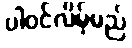
ပါဝင်လိမ့်မည်